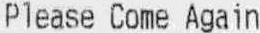
PLEASE COME AGAIN